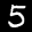
Label: 5